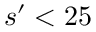
s ^ { \prime } < 2 5 \